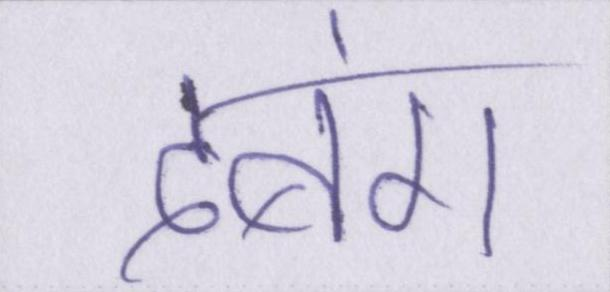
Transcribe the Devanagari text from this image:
दबंग